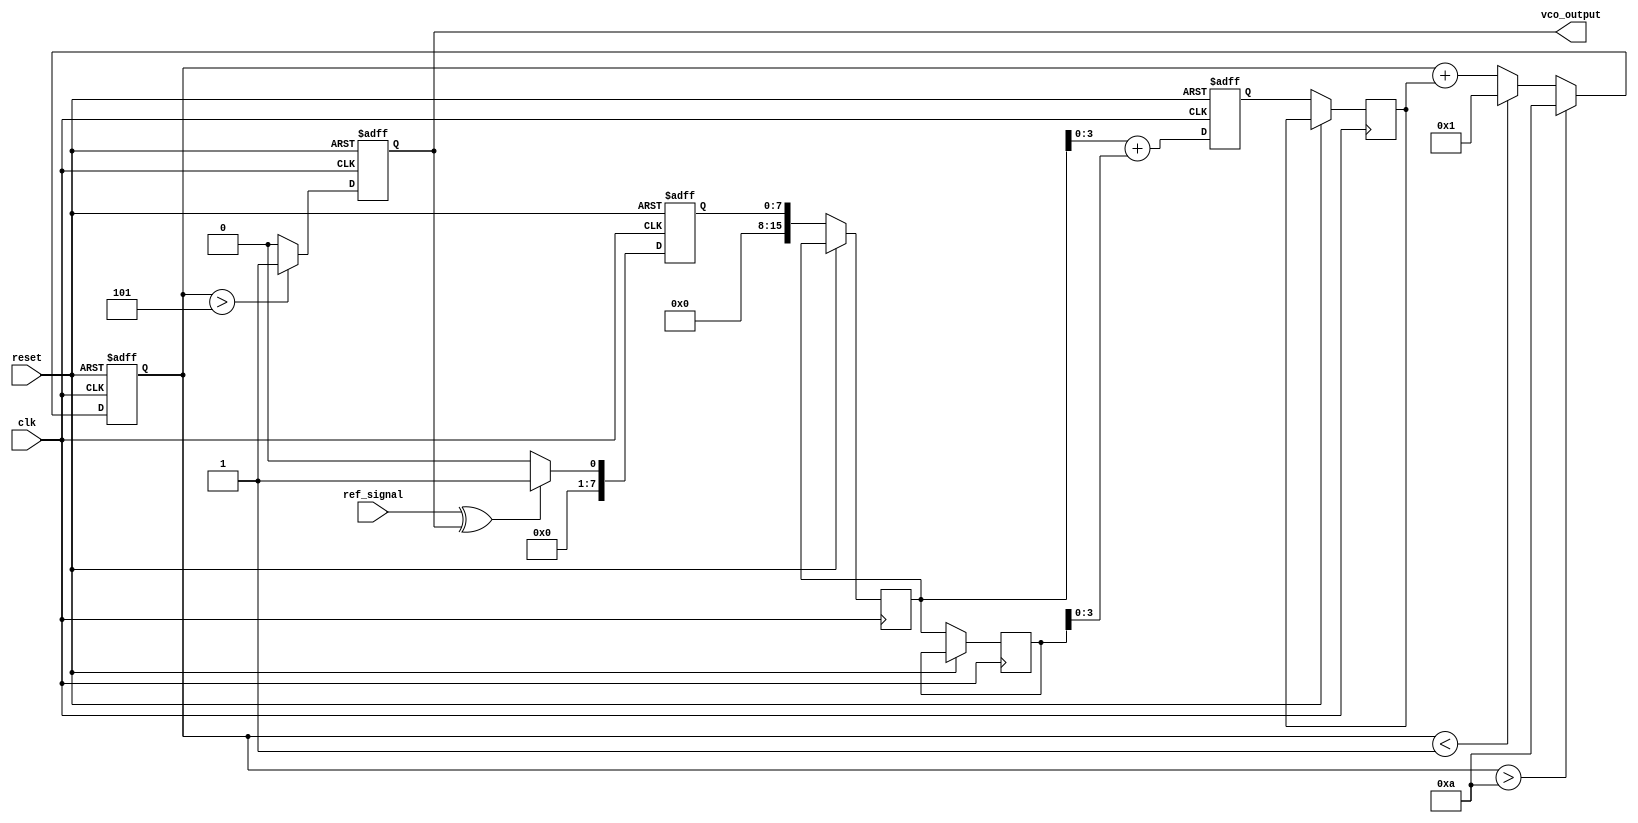
module memory_blocks_PLL(
    input wire clk,              // System clock
    input wire reset,            // Reset signal
    input wire ref_signal,       // Reference input signal
    output reg vco_output        // Output of the VCO
);

    // Parameters for the PLL
    parameter MEMORY_SIZE = 16;  // Size of the memory blocks for filter
    parameter PHASE_ERROR_WIDTH = 8; // Width of phase error signal
    parameter VCO_MAX_FREQ = 10;  // Max frequency for VCO
    parameter VCO_MIN_FREQ = 1;   // Min frequency for VCO

    // Internal signals
    reg [PHASE_ERROR_WIDTH-1:0] phase_error;          // Phase error signal
    reg [PHASE_ERROR_WIDTH-1:0] filtered_error;       // Filtered error signal
    reg [3:0] vco_control; // Control signal for the VCO
    reg [MEMORY_SIZE-1:0] memory_block [0:1]; // Memory blocks for storing intermediate values
    reg [3:0] vco_frequency; // VCO frequency value

    // Phase Detector
    always @(posedge clk or posedge reset) begin
        if (reset) begin
            phase_error <= 0;
        end else begin
            // Simple phase detector logic (XOR for demonstration)
            phase_error <= (ref_signal ^ vco_output) ? 1 : 0;
        end
    end

    // Loop Filter (Simple Integrator)
    always @(posedge clk or posedge reset) begin
        if (reset) begin
            filtered_error <= 0;
        end else begin
            // Simple feedback filter with memory
            memory_block[0] <= phase_error;
            memory_block[1] <= memory_block[0];
            filtered_error <= memory_block[0] + memory_block[1];
        end
    end

    // Voltage-Controlled Oscillator
    always @(posedge clk or posedge reset) begin
        if (reset) begin
            vco_frequency <= 4'b0001; // Initialize to minimum frequency
            vco_output <= 0;
        end else begin
            // Control VCO frequency based on filtered error
            vco_control <= filtered_error[3:0]; // Use lower 4 bits for control
            vco_frequency <= vco_frequency + vco_control;
            if (vco_frequency > VCO_MAX_FREQ)
                vco_frequency <= VCO_MAX_FREQ;
            else if (vco_frequency < VCO_MIN_FREQ)
                vco_frequency <= VCO_MIN_FREQ;

            // Generate VCO output (simple square wave for demonstration)
            vco_output <= (vco_frequency > (VCO_MAX_FREQ/2)) ? 1 : 0;
        end
    end

endmodule